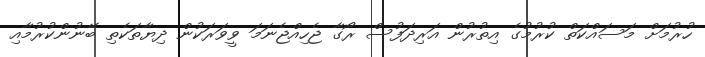
ހުރުމަށް މަސައްކަތް ކުރުމުގެ އިތުރުން އަރިދަފުސް ރޯގާ ޖެހިއްޖެނަމަ ވީވަރަކުން ދިޔާތަކެތި ބޭނުންކުރުމާއި